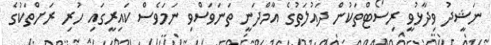
ނަޝީދު ވިދާޅުވީ ރިސޯޓްތަކުން ދައުލަތުގެ އާމްދަނީ ތަނަވަސްވި ނަމަވެސް ކައިރީގައި ހުރި ރަށްތަކުގެ